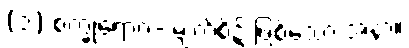
(၁) စက္ခုရောဂ- မျက်စိ၌ ဖြစ်သော အနာ။